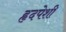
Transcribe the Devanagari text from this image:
हृदपेशी